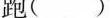
跑( ) 跳( )